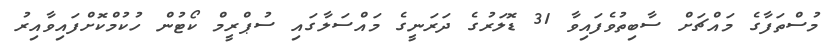
މުސްތަފާގެ މައްޗަށް ސާބިތުވެފައިވާ 31 ޑޮލަރުގެ ދަރަނީގެ މައްސަލާގައި ސުޕްރީމް ކޯޓުން ހުކުމްކޮށްފައިވާއިރު